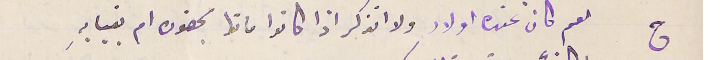
ج نعم كان عنده اولاد ولا اتذكر اذا كانوا ماتوا بحضوره ام بغبابهِ